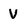
Character: V